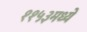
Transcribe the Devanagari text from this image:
११५३मध्ये